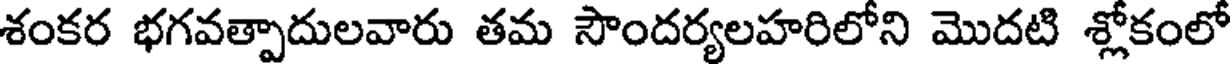
శంకర భగవత్పాదులవారు తమ సౌందర్యలహరిలోని మొదటి శ్లోకంలో